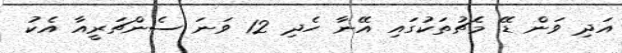
އަދި ވަން ޑޭ މެޗުތަކުގައި އޭނާ ހެދި 12 ވަނަ ސެންޗަރީއާ އެކު